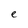
Character: e